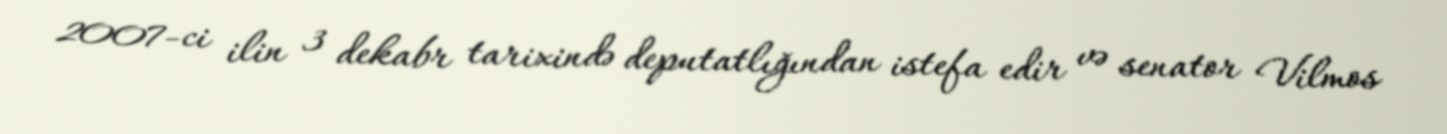
2007-ci ilin 3 dekabr tarixində deputatlığından istefa edir və senator Vilmos